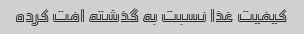
کیفیت غذا نسبت به گذشته افت کرده